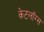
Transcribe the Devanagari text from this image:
केटलॉग्स